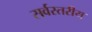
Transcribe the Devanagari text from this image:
सर्वस्तरीय